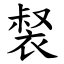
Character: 裻